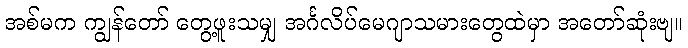
အစ်မက ကျွန်တော် တွေ့ဖူးသမျှ အင်္ဂလိပ်မေဂျာသမားတွေထဲမှာ အတော်ဆုံးဗျ။